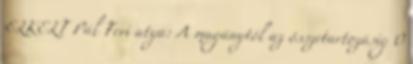
ELKELT Pál Feri atya: A magánytól az összetartozásig 0